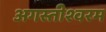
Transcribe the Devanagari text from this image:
अगस्तीश्वरम